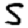
Digit: 5